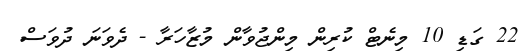
22 ގަޑި 10 މިނެޓް ކުރިން މިންޖުވާން މުޒާހަރާ - ދެވަނަ ދުވަސް